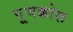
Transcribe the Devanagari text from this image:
पूचक्कोरू